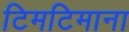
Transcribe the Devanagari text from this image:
टिमटिमाना